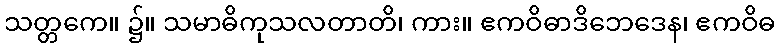
သတ္တကေ။ ၌။ သမာဓိကုသလတာတိ၊ ကား။ ဧကဝိဓာဒိဘေဒေန၊ ဧကဝိဓ